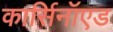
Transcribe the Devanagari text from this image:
कार्सिनॉएड